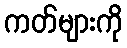
ကတ်များကို